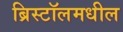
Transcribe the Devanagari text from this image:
ब्रिस्टॉलमधील